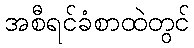
အစီရင်ခံစာထဲတွင်